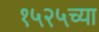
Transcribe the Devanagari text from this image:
१५२५च्या